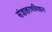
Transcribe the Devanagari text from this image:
संज्ञाहरणविज्ञान